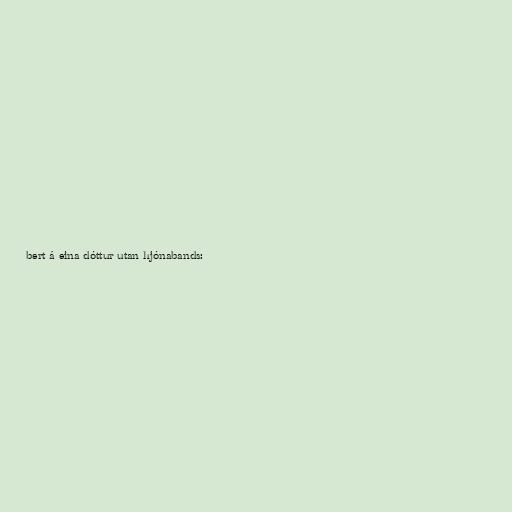
bert á eina dóttur utan hjónabands: